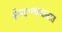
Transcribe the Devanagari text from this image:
शेवटच्याकाळात